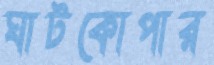
ঘাটকোপার